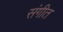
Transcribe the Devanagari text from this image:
संगीत